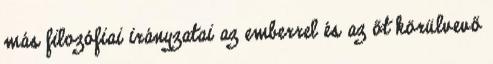
más filozófiai irányzatai az emberrel és az őt körülvevő